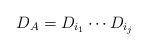
LaTeX: \begin{align*} D_A = D_{i_1} \cdots D_{i_j} \end{align*}